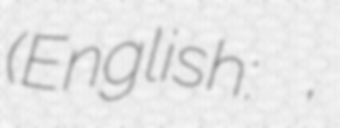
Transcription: (English:  ,